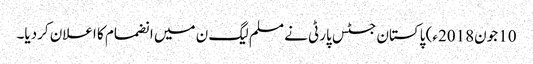
10 جون2018ء) پاکستان جسٹس پارٹی نے مسلم لیگ ن میں انضمام کا اعلان کردیا۔